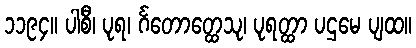
၁၁၉၄။ ပါစီ၊ ပုရ၊ င်္ဂတောတ္ထေသု၊ ပုရတ္ထာ ပဌမေ ပျထ။